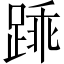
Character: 𫏓